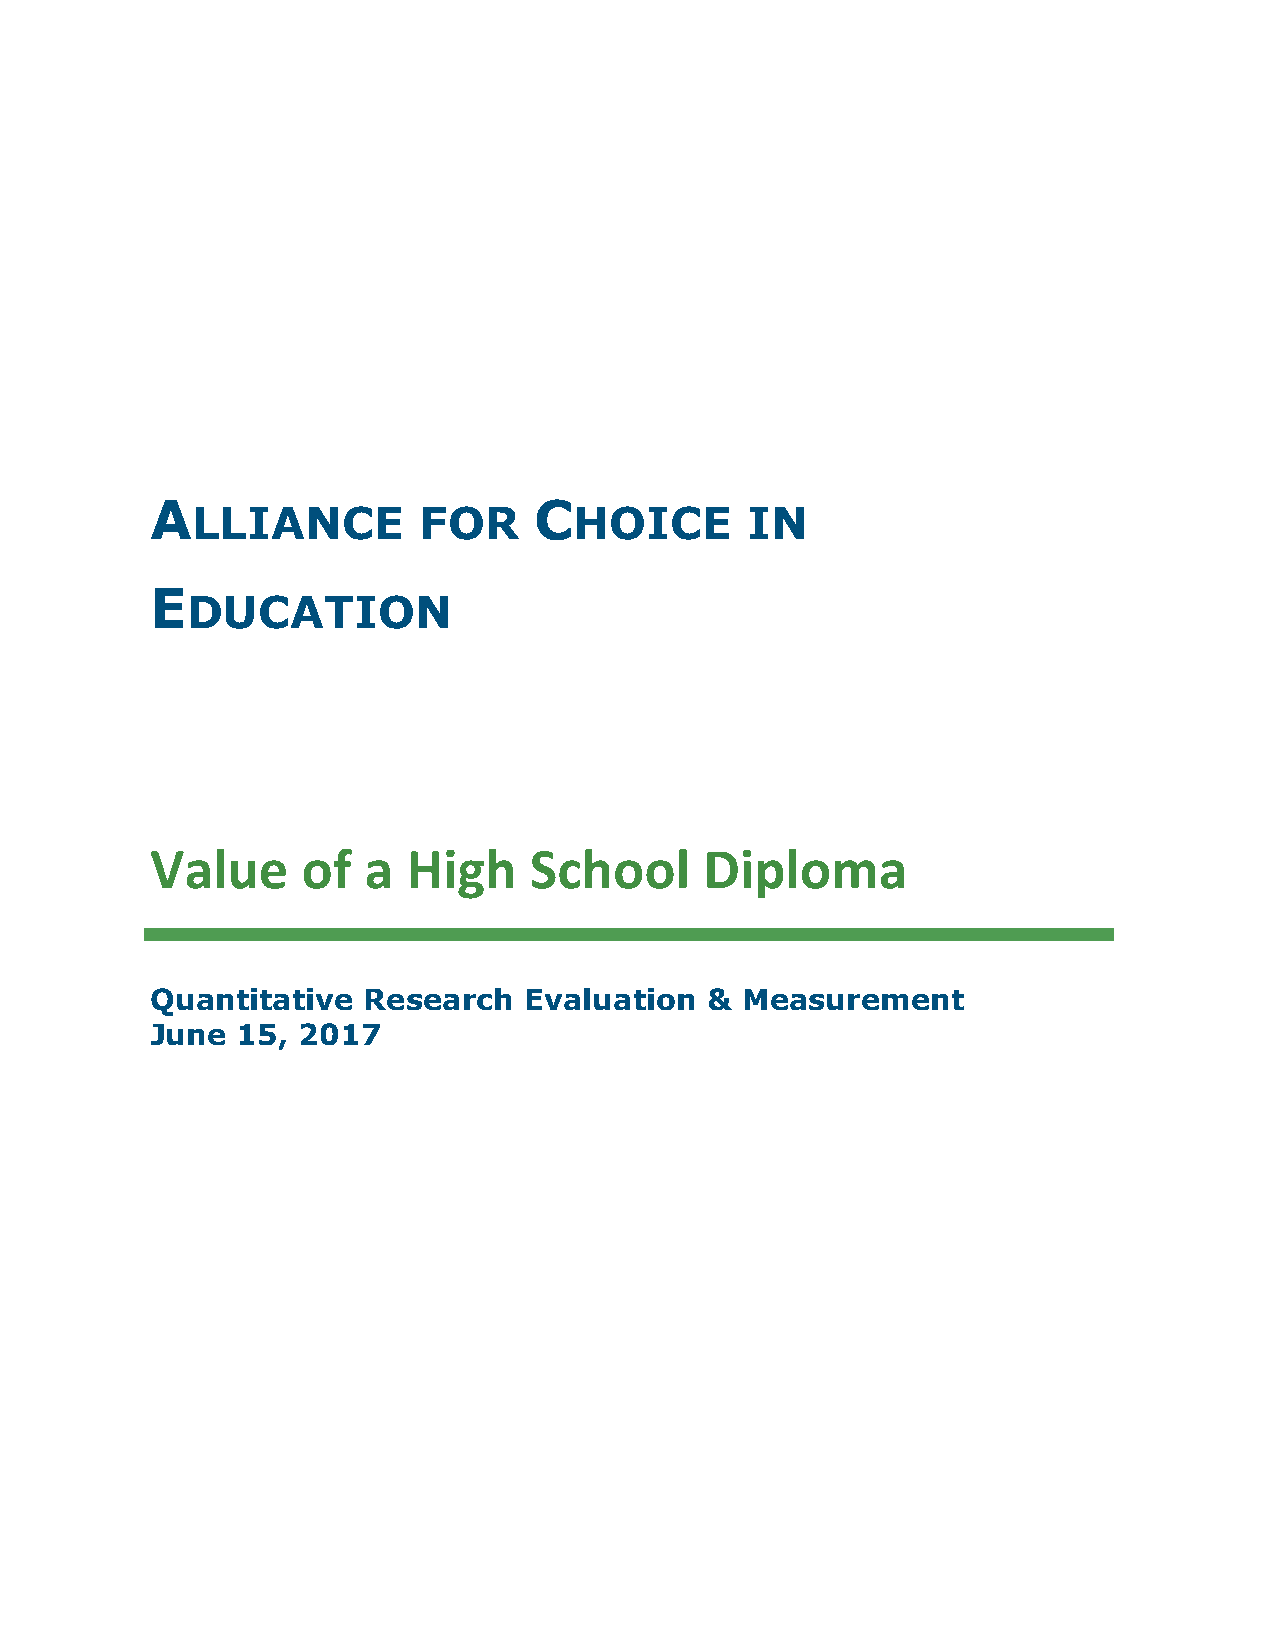
A                        C
 LLIANCE        FOR       HOICE      IN
 E
 DUCATION
 Value     of  a  High    School      Diploma
 Quantitative  Research   Evaluation  & Measurement
 June  15, 2017